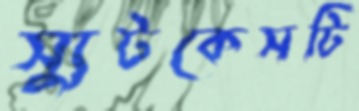
স্যুটকেসটি